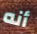
أنه